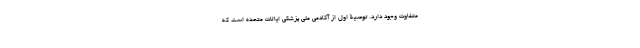
متفاوت وجود دارد. توصیۀ اول از آکادمی ملی پزشکی ایالات متحده است که